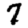
Digit: 7